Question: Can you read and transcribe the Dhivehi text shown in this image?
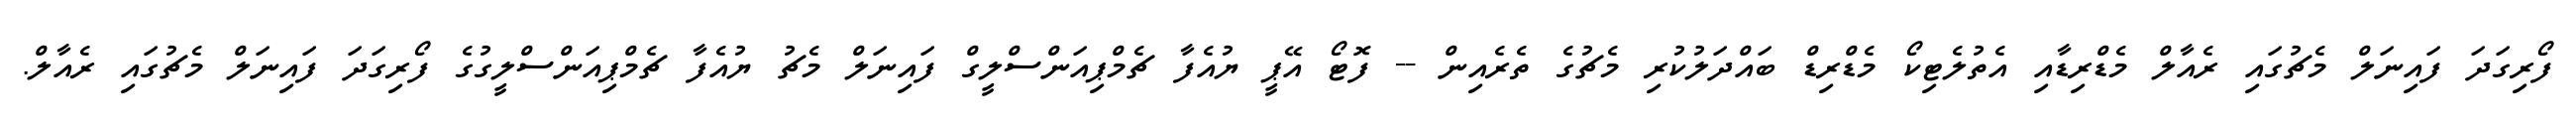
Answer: ފޯރިގަދަ ފައިނަލް މެޗުގައި ރެއާލް މެޑްރިޑާއި އެތުލެޓިކޯ މެޑްރިޑް ބައްދަލުކުރި މެޗުގެ ތެރެއިން -- ފޮޓޯ އޭޕީ ޔުއެފާ ޗެމްޕިއަންސްލީގް ފައިނަލް މެޗު ޔުއެފާ ޗެމްޕިއަންސްލީގުގެ ފޯރިގަދަ ފައިނަލް މެޗުގައި ރެއާލް.